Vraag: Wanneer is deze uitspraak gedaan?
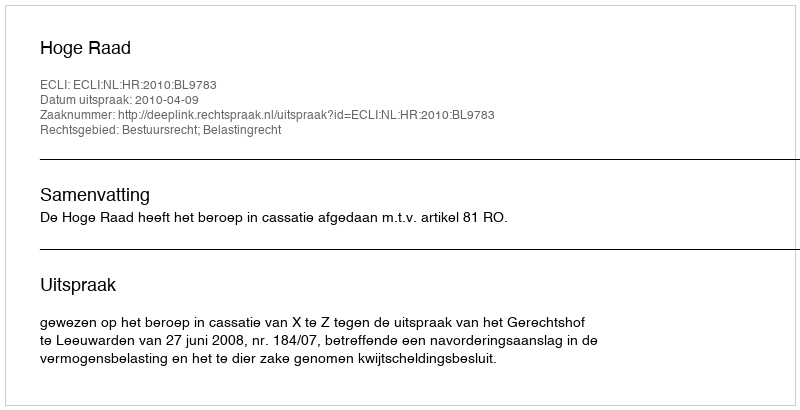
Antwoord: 2010-04-09